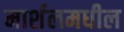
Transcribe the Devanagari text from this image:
मार्शलमधील